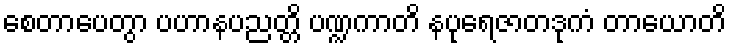
စေတာပေတွာ ပဟာနပညတ္တိ ပဏ္ဍကာတိ နပုရေဇာတဒုကံ တာယောတိ